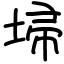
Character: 埽